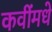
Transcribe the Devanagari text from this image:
कवींमधे